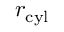
r _ { \mathrm { c y l } }